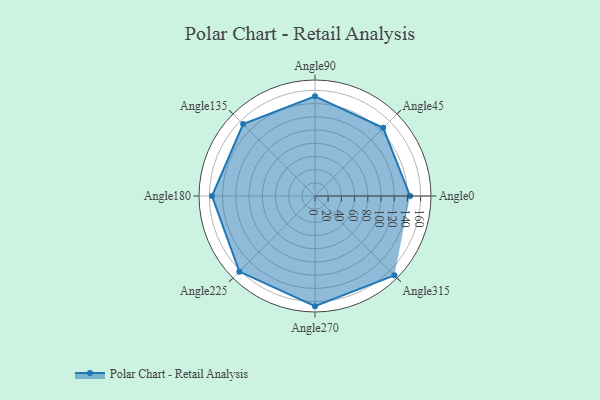
{"axis": {"x": "Angle", "y": "Radius"}, "legend": [""], "data": [{"x": "Angle0", "y": 144.0, "type": ""}, {"x": "Angle45", "y": 146.0, "type": ""}, {"x": "Angle90", "y": 151.0, "type": ""}, {"x": "Angle135", "y": 154.0, "type": ""}, {"x": "Angle180", "y": 156.0, "type": ""}, {"x": "Angle225", "y": 162.0, "type": ""}, {"x": "Angle270", "y": 167.0, "type": ""}, {"x": "Angle315", "y": 170, "type": ""}]}